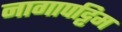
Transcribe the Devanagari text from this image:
नागापट्टिम